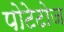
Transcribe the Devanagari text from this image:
पोटेटोज